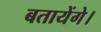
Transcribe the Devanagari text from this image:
बतायेंगे।